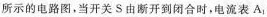
所示的电路图，当开关S由断开到闭合时，电流表A1